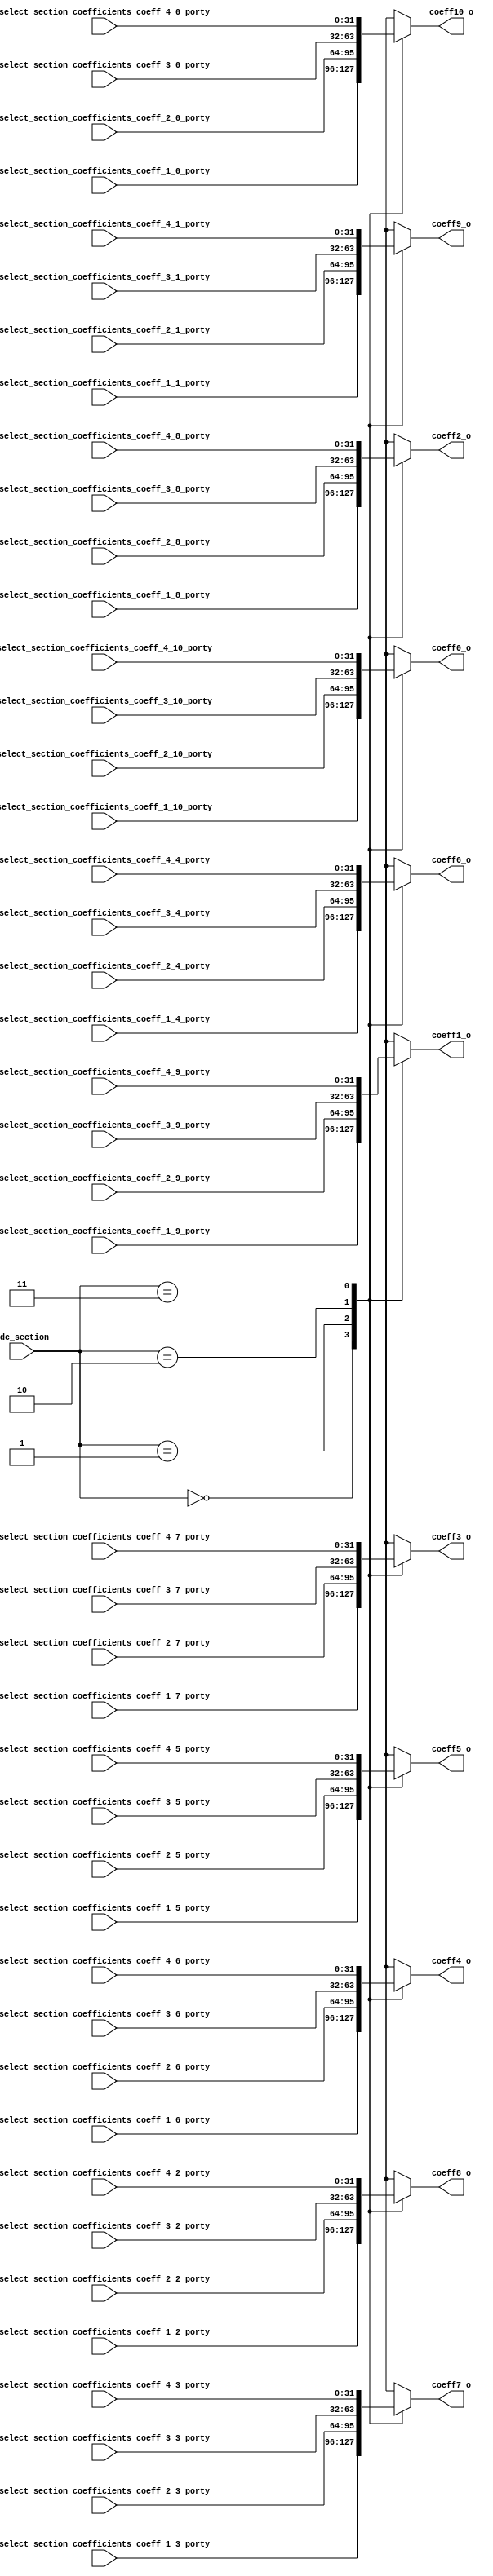
`timescale 1ns / 1ps
//////////////////////////////////////////////////////////////////////////////////
// Company: 
// Engineer: 
// 
// Design Name: 
// Module Name:    coeff_selection 
// Project Name: 
// Target Devices: 
// Tool versions: 
// Description: 
//
// Dependencies: 
//
// Revision: 
// Revision 0.01 - File Created
// Additional Comments: 
//
//////////////////////////////////////////////////////////////////////////////////
module coeff_selection(
	 // adc section   
	 input [1:0] adc_section, 
	 //Section 4 coefficients (x > 0, |x| > section_limit)
	 input [31:0] select_section_coefficients_coeff_4_9_porty, // ufix32
    input [31:0] select_section_coefficients_coeff_4_8_porty, // ufix32
    input [31:0] select_section_coefficients_coeff_4_7_porty, // ufix32
    input [31:0] select_section_coefficients_coeff_4_6_porty, // ufix32
    input [31:0] select_section_coefficients_coeff_4_5_porty, // ufix32
    input [31:0] select_section_coefficients_coeff_4_4_porty, // ufix32
    input [31:0] select_section_coefficients_coeff_4_3_porty, // ufix32
    input [31:0] select_section_coefficients_coeff_4_2_porty, // ufix32
    input [31:0] select_section_coefficients_coeff_4_10_porty, // ufix32
    input [31:0] select_section_coefficients_coeff_4_1_porty, // ufix32
    input [31:0] select_section_coefficients_coeff_4_0_porty, // ufix32
	 //Section 3 coefficients (x > 0, |x| <= section_limit)
	 input [31:0] select_section_coefficients_coeff_3_9_porty, // ufix32
    input [31:0] select_section_coefficients_coeff_3_8_porty, // ufix32
    input [31:0] select_section_coefficients_coeff_3_7_porty, // ufix32
    input [31:0] select_section_coefficients_coeff_3_6_porty, // ufix32
    input [31:0] select_section_coefficients_coeff_3_5_porty, // ufix32
    input [31:0] select_section_coefficients_coeff_3_4_porty, // ufix32
    input [31:0] select_section_coefficients_coeff_3_3_porty, // ufix32
    input [31:0] select_section_coefficients_coeff_3_2_porty, // ufix32
    input [31:0] select_section_coefficients_coeff_3_10_porty, // ufix32
    input [31:0] select_section_coefficients_coeff_3_1_porty, // ufix32
    input [31:0] select_section_coefficients_coeff_3_0_porty, // ufix32
	 //Section 2 coefficients (x <= 0, |x| <= section_limit)
	 input [31:0] select_section_coefficients_coeff_2_9_porty, // ufix32
    input [31:0] select_section_coefficients_coeff_2_8_porty, // ufix32
    input [31:0] select_section_coefficients_coeff_2_7_porty, // ufix32
    input [31:0] select_section_coefficients_coeff_2_6_porty, // ufix32
    input [31:0] select_section_coefficients_coeff_2_5_porty, // ufix32
    input [31:0] select_section_coefficients_coeff_2_4_porty, // ufix32
    input [31:0] select_section_coefficients_coeff_2_3_porty, // ufix32
    input [31:0] select_section_coefficients_coeff_2_2_porty, // ufix32
    input [31:0] select_section_coefficients_coeff_2_10_porty, // ufix32
    input [31:0] select_section_coefficients_coeff_2_1_porty, // ufix32
    input [31:0] select_section_coefficients_coeff_2_0_porty, // ufix32
	 //Section 1 coefficients (x <= 0, |x| > section_limit)
	 input [31:0] select_section_coefficients_coeff_1_9_porty, // ufix32
    input [31:0] select_section_coefficients_coeff_1_8_porty, // ufix32
    input [31:0] select_section_coefficients_coeff_1_7_porty, // ufix32
    input [31:0] select_section_coefficients_coeff_1_6_porty, // ufix32
    input [31:0] select_section_coefficients_coeff_1_5_porty, // ufix32
    input [31:0] select_section_coefficients_coeff_1_4_porty, // ufix32
    input [31:0] select_section_coefficients_coeff_1_3_porty, // ufix32
    input [31:0] select_section_coefficients_coeff_1_2_porty, // ufix32
    input [31:0] select_section_coefficients_coeff_1_10_porty, // ufix32
    input [31:0] select_section_coefficients_coeff_1_1_porty, // ufix32
    input [31:0] select_section_coefficients_coeff_1_0_porty, // ufix32 
	 // output logic
	 output reg [31:0]	coeff1_o, // ufix32
    output reg [31:0] coeff2_o, // ufix32
    output reg [31:0] coeff3_o, // ufix32
    output reg [31:0] coeff4_o, // ufix32
    output reg [31:0] coeff5_o, // ufix32
    output reg [31:0] coeff6_o, // ufix32
    output reg [31:0] coeff7_o, // ufix32
    output reg [31:0] coeff8_o, // ufix32
    output reg [31:0] coeff9_o, // ufix32
    output reg [31:0] coeff10_o, // ufix32
    output reg [31:0] coeff0_o // ufix32 

    );

always @(*)
begin
	case(adc_section)
		// section 1
		2'b00:
		begin
			coeff0_o = select_section_coefficients_coeff_1_10_porty;
			coeff1_o = select_section_coefficients_coeff_1_9_porty;
			coeff2_o = select_section_coefficients_coeff_1_8_porty;
			coeff3_o = select_section_coefficients_coeff_1_7_porty;
			coeff4_o = select_section_coefficients_coeff_1_6_porty;
			coeff5_o = select_section_coefficients_coeff_1_5_porty;
			coeff6_o = select_section_coefficients_coeff_1_4_porty;
			coeff7_o = select_section_coefficients_coeff_1_3_porty;
			coeff8_o = select_section_coefficients_coeff_1_2_porty;
			coeff9_o = select_section_coefficients_coeff_1_1_porty;
			coeff10_o = select_section_coefficients_coeff_1_0_porty;
		end
		// section 2
		2'b01:
		begin
			coeff0_o = select_section_coefficients_coeff_2_10_porty;
			coeff1_o = select_section_coefficients_coeff_2_9_porty;
			coeff2_o = select_section_coefficients_coeff_2_8_porty;
			coeff3_o = select_section_coefficients_coeff_2_7_porty;
			coeff4_o = select_section_coefficients_coeff_2_6_porty;
			coeff5_o = select_section_coefficients_coeff_2_5_porty;
			coeff6_o = select_section_coefficients_coeff_2_4_porty;
			coeff7_o = select_section_coefficients_coeff_2_3_porty;
			coeff8_o = select_section_coefficients_coeff_2_2_porty;
			coeff9_o = select_section_coefficients_coeff_2_1_porty;
			coeff10_o = select_section_coefficients_coeff_2_0_porty;
		end
		// section 3
		2'b10:
		begin
			coeff0_o = select_section_coefficients_coeff_3_10_porty;
			coeff1_o = select_section_coefficients_coeff_3_9_porty;
			coeff2_o = select_section_coefficients_coeff_3_8_porty;
			coeff3_o = select_section_coefficients_coeff_3_7_porty;
			coeff4_o = select_section_coefficients_coeff_3_6_porty;
			coeff5_o = select_section_coefficients_coeff_3_5_porty;
			coeff6_o = select_section_coefficients_coeff_3_4_porty;
			coeff7_o = select_section_coefficients_coeff_3_3_porty;
			coeff8_o = select_section_coefficients_coeff_3_2_porty;
			coeff9_o = select_section_coefficients_coeff_3_1_porty;
			coeff10_o = select_section_coefficients_coeff_3_0_porty;
		end
		// section 4
		2'b11:
		begin
			coeff0_o = select_section_coefficients_coeff_4_10_porty;
			coeff1_o = select_section_coefficients_coeff_4_9_porty;
			coeff2_o = select_section_coefficients_coeff_4_8_porty;
			coeff3_o = select_section_coefficients_coeff_4_7_porty;
			coeff4_o = select_section_coefficients_coeff_4_6_porty;
			coeff5_o = select_section_coefficients_coeff_4_5_porty;
			coeff6_o = select_section_coefficients_coeff_4_4_porty;
			coeff7_o = select_section_coefficients_coeff_4_3_porty;
			coeff8_o = select_section_coefficients_coeff_4_2_porty;
			coeff9_o = select_section_coefficients_coeff_4_1_porty;
			coeff10_o = select_section_coefficients_coeff_4_0_porty;
		end	
	endcase
end

endmodule